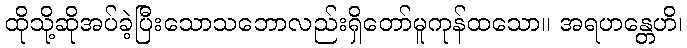
ထိုသို့ဆိုအပ်ခဲ့ပြီးသောသဘောလည်းရှိတော်မူကုန်ထသော။ အရဟန္တေဟိ၊